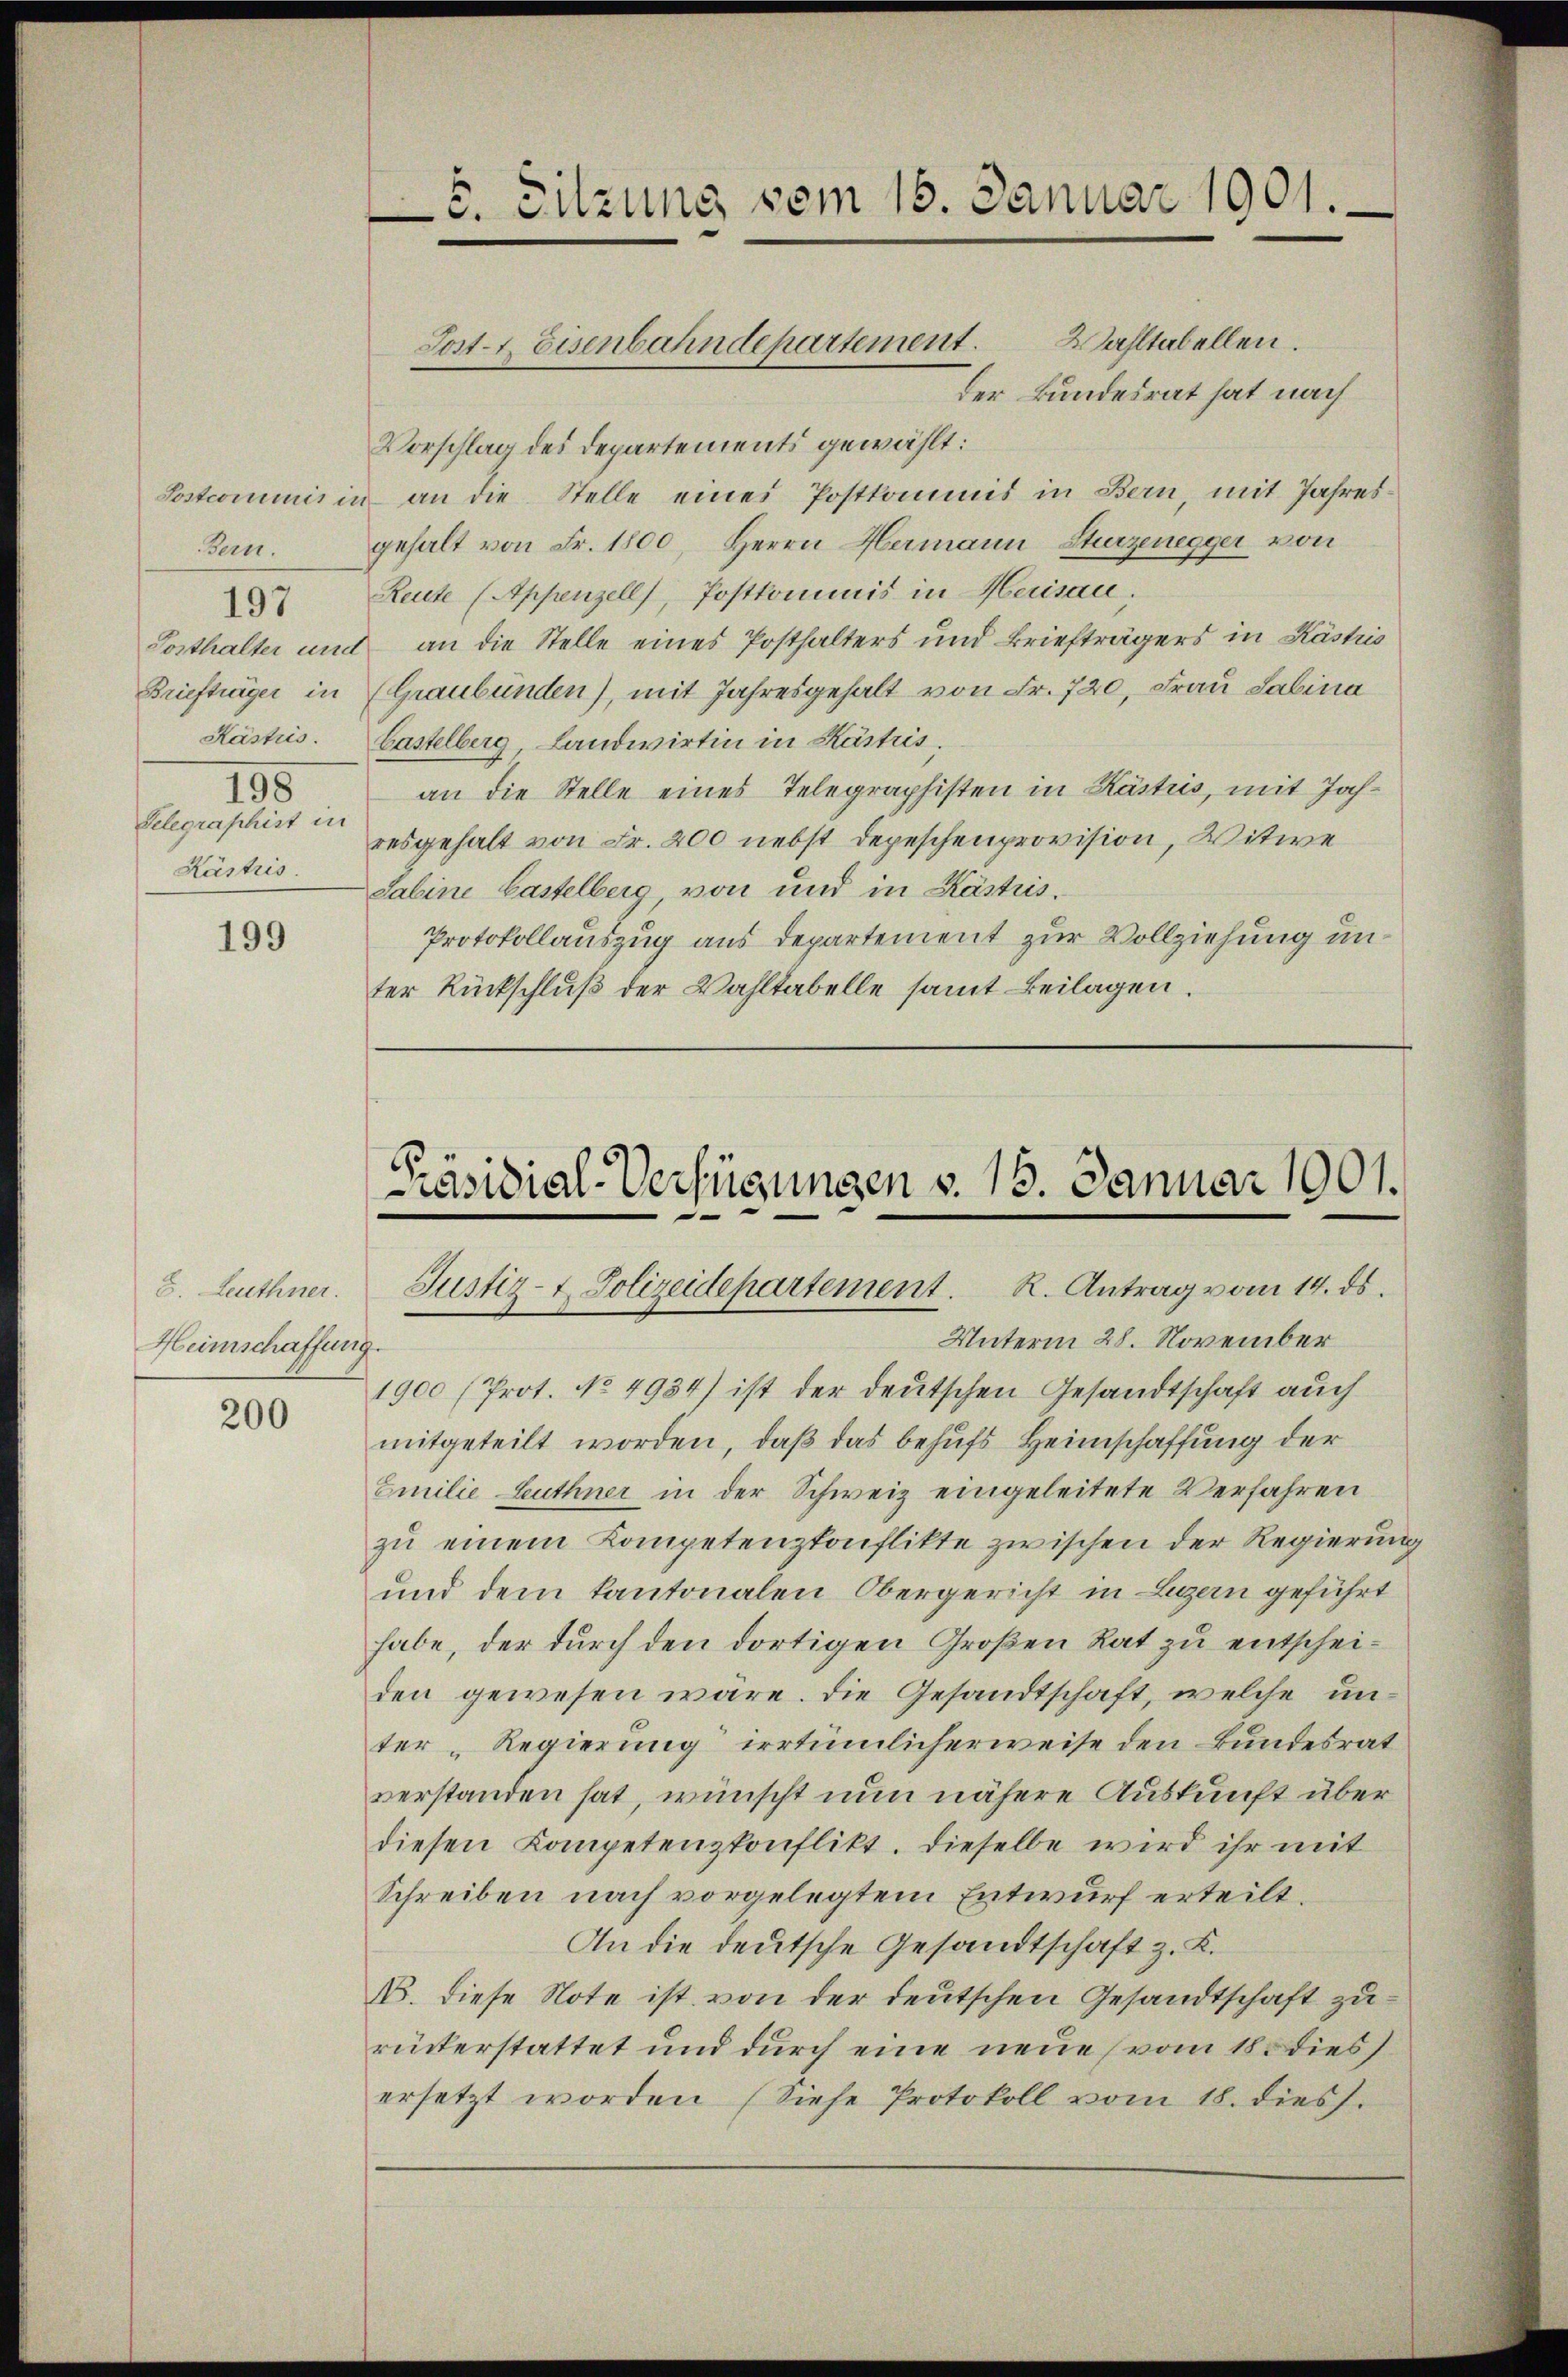
Postcommis
Bern.

197

Posthalter un
Briefträger in
Kästris.
195
Telegraphist in
Kästris.

199

8. Leuthner.
Heimschaffung.

200

5. Sitzung vom 15. Januar 1901.

der Bundesrat hat nach
Vorschlag des Departements gewählt:
u an die Stelle eines Postkommis in Bern, mit Jahresgehalt von Fr. 1800, Herrn Hermann Sturzenegger von
Reute (Appenzell), Postkommis in Herisau.
d an die Stelle eines Posthalters und Briefträgers in Kästris
(Graubünden), mit Jahresgehalt von Fr. 720, Frau Sabina
Castelberg, Landwirtin in Kästris.
an die Stelle eines Telegraphisten in Kästus, mit Jahresgehalt von Fr. 200 nebst Depeschenprovision, Witwe
Sabine Gastelberg, von und in Kästuis.
Protokollauszug aus Departement zur Vollziehung unter Rückschluß der Wahltabelle samt Beilagen.

Sost- & Eisenbahndepartement. Wahltabellen.

Präsidial-Verfügungen v. 15. Januar 1901.
Justiz- & Polizeidepartement. R. Antrag vom 14. ds.

Unterm 28. November
1900 (Prot. No 4934) ist der deutschen Gesandtschaft auch
mitgeteilt worden, daß das behufs Heimschaffung der
Emilie Leuthner in der Schweiz eingeleitete Verfahren
zu einem Kompetenzkonflikte zwischen der Regierung
und dem kantonalen Obergericht in Luzern geführt
habe, der durch den dortigen Großen Rat zu entscheiden gewesen wäre. Die Gesandtschaft, welche unter Regierung irrtümlicherweise den Bundesrat
verstanden hat, wünscht nun nähere Auskunft über
diesen Kompetenzkonflikt. Dieselbe wird ihr mit
Schreiben nach vorgelegtem Entwurf erteilt.
An die deutsche Gesandtschaft z. K.
16. diese Note ist, von der deutschen Gesandtschaft zurückerstattet und durch eine neue (vom 18. dies
ersetzt worden. (Siehe Protokoll vom 18. diess.